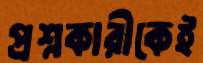
প্রশ্নকারীকেই